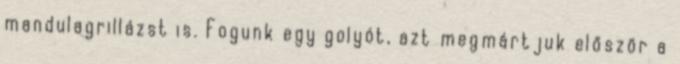
mandulagrillázst is. Fogunk egy golyót, azt megmártjuk először a